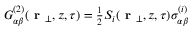
\begin{array} { r } { G _ { \alpha \beta } ^ { ( 2 ) } ( \textbf { r } _ { \perp } , z , \tau ) = \frac { 1 } { 2 } S _ { i } ( \textbf { r } _ { \perp } , z , \tau ) \sigma _ { \alpha \beta } ^ { ( i ) } } \end{array}